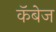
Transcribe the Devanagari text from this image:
कॅबेज